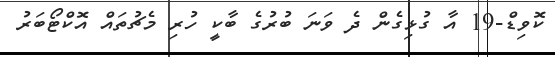
ކޮވިޑް-19 އާ ގުޅިގެން ދެ ވަނަ ބުރުގެ ބާކީ ހުރި މެޗުތައް އޮކްޓޯބަރު